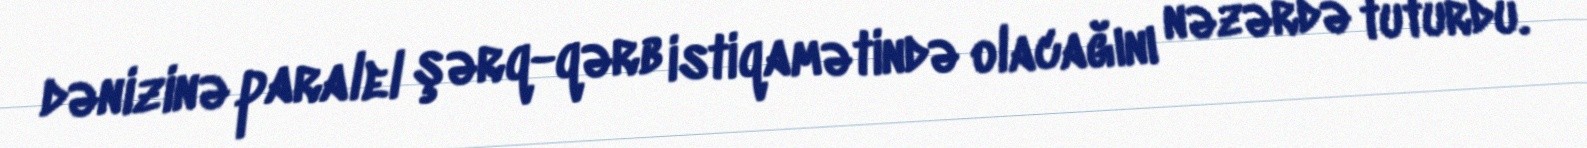
dənizinə paralel şərq-qərb istiqamətində olacağını nəzərdə tuturdu.